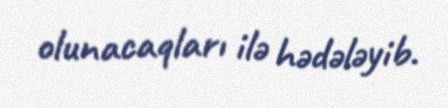
olunacaqları ilə hədələyib.